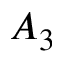
A _ { 3 }